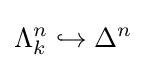
\Lambda _{k}^{n}\hookrightarrow \Delta ^{n}